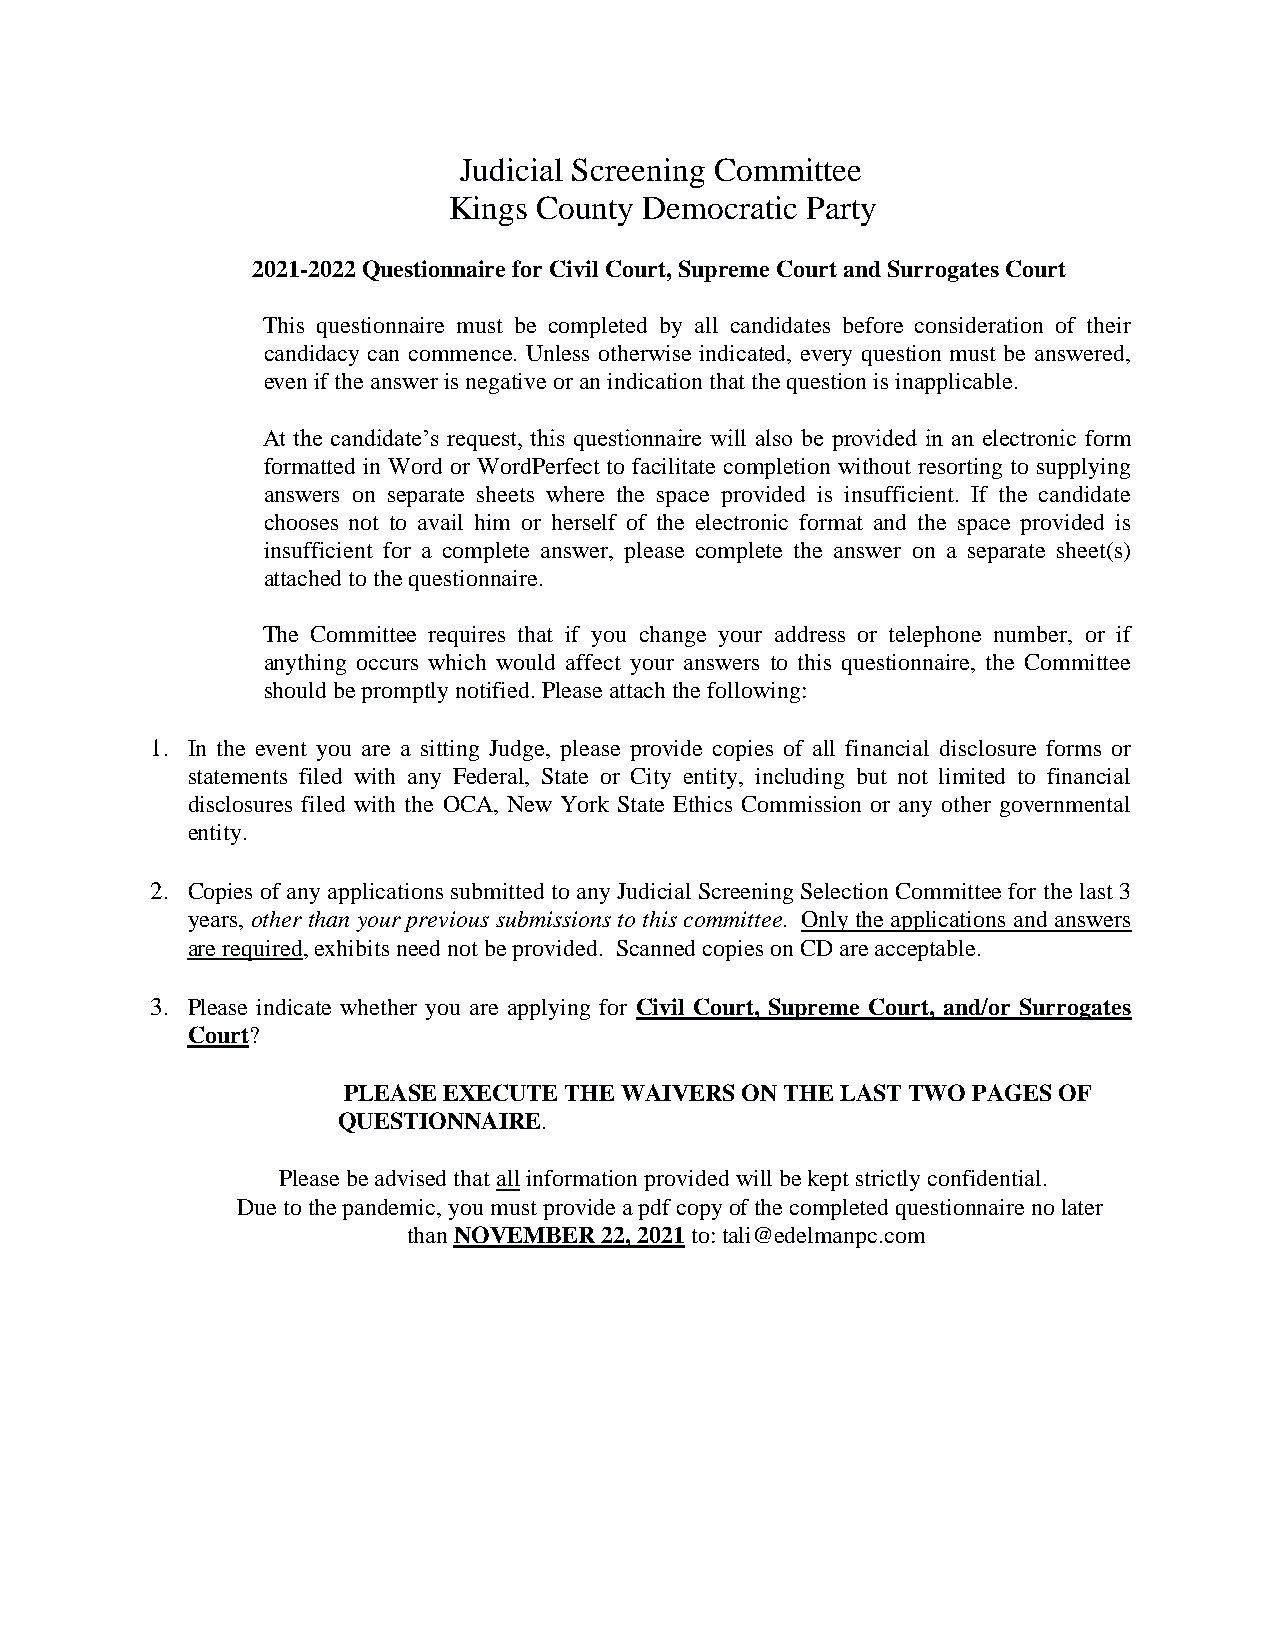
Judicial Screening Committee
 Kings County Democratic Party
 2021-2022 Questionnaire for Civil Court, Supreme Court and Surrogates Court
 This questionnaire must be completed by all candidates before consideration of their
 candidacy can commence. Unless otherwise indicated, every question must be answered,
 even if the answer is negative or an indication that the question is inapplicable.
 At the candidate’s request, this questionnaire will also be provided in an electronic form
 formatted in Word or WordPerfect to facilitate completion without resorting to supplying
 answers on separate sheets where the space provided is insufficient. If the candidate
 chooses not to avail him or herself of the electronic format and the space provided is
 insufficient for a complete answer, please complete the answer on a separate sheet(s)
 attached to the questionnaire.
 The Committee requires that if you change your address or telephone number, or if
 anything occurs which would affect your answers to this questionnaire, the Committee
 should be promptly notified. Please attach the following:
 1. In the event you are a sitting Judge, please provide copies of all financial disclosure forms or
 statements filed with any Federal, State or City entity, including but not limited to financial
 disclosures filed with the OCA, New York State Ethics Commission or any other governmental
 entity.
 2. Copies of any applications submitted to any Judicial Screening Selection Committee for the last 3
 years, other than your previous submissions to this committee. Only the applications and answers
 are required, exhibits need not be provided. Scanned copies on CD are acceptable.
 3. Please indicate whether you are applying for Civil Court, Supreme Court, and/or Surrogates
 Court?
 PLEASE EXECUTE THE WAIVERS ON THE LAST TWO PAGES OF
 QUESTIONNAIRE.
 Please be advised that all information provided will be kept strictly confidential.
 Due to the pandemic, you must provide a pdf copy of the completed questionnaire no later
 than NOVEMBER 22, 2021 to: tali@edelmanpc.com